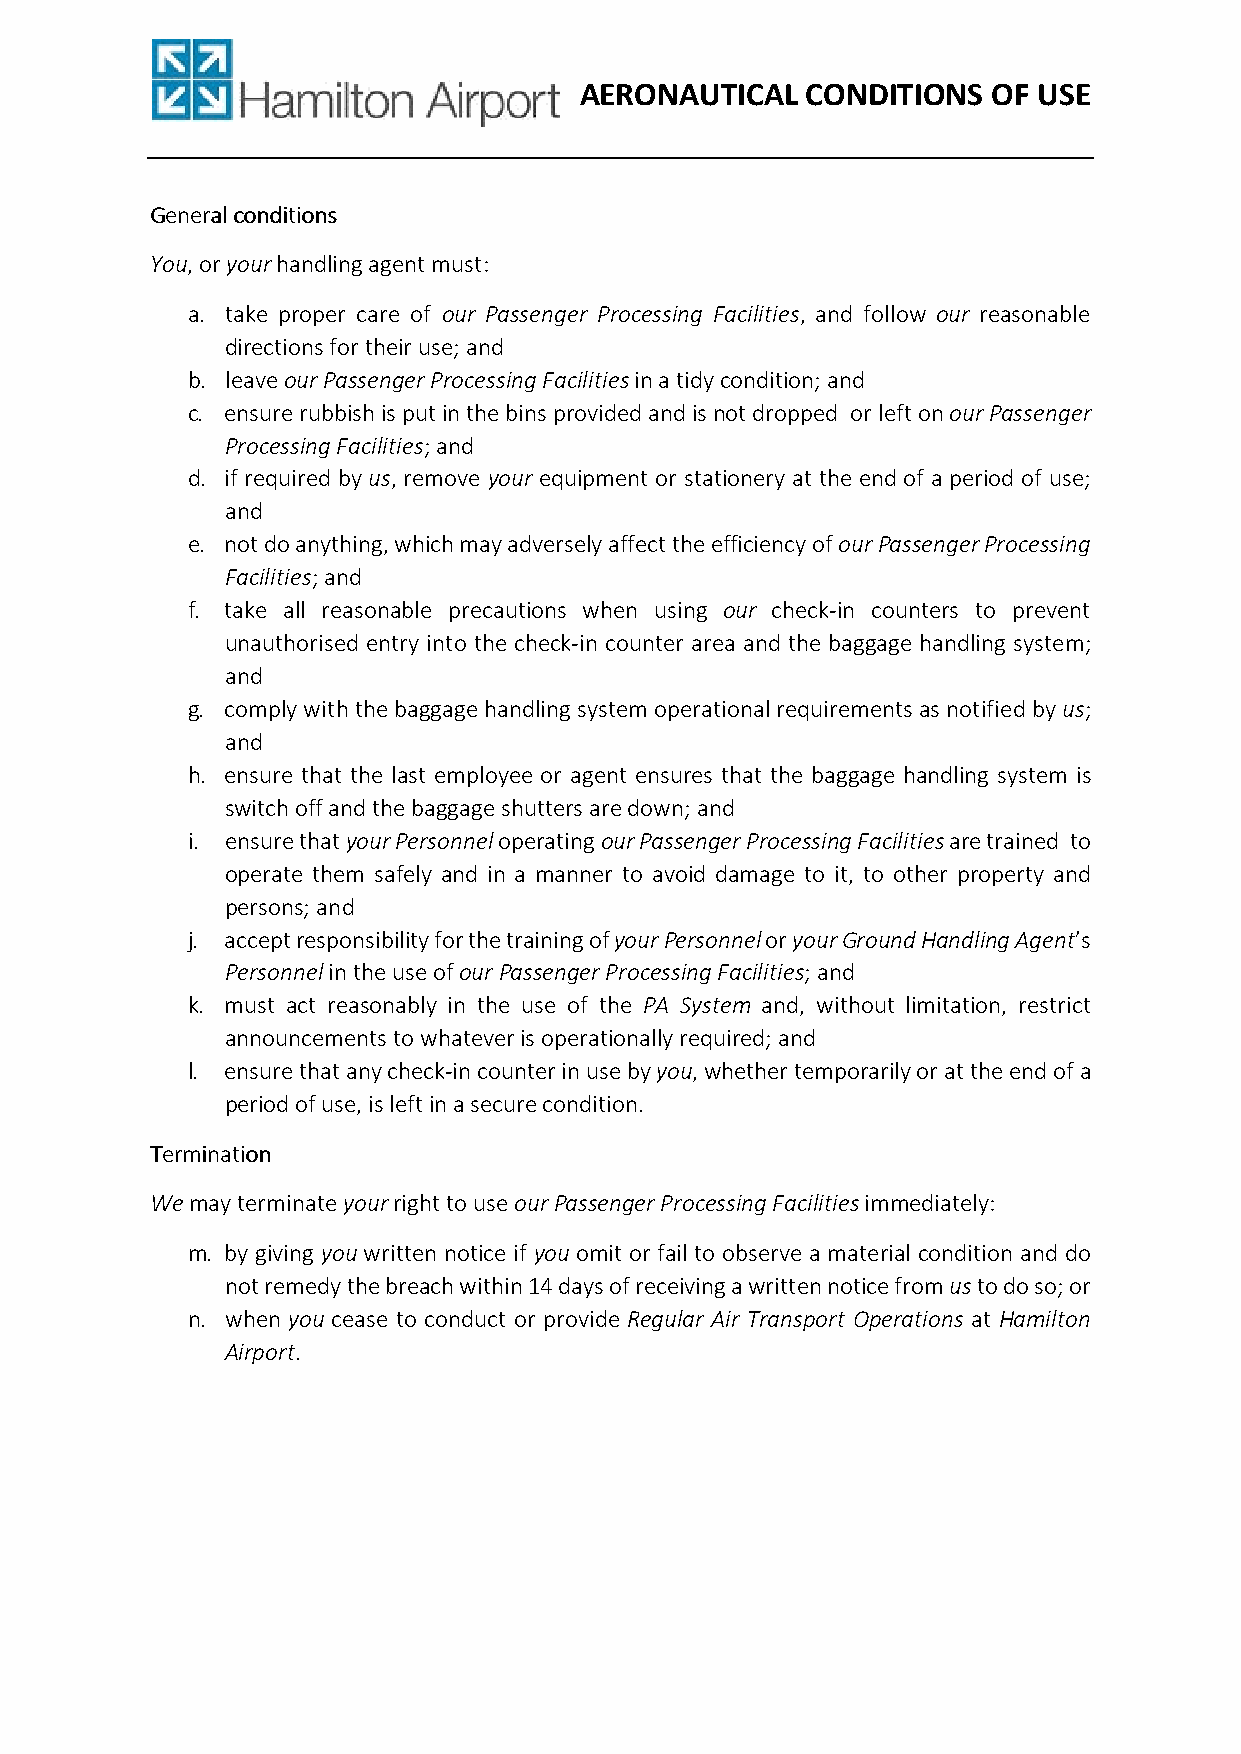
AERONAUTICAL   CONDITIONS   OF USE
 GGGGeeeennnneeeerrrraaaallll ccccoooonnnnddddiiiittttiiiioooonnnnssss
 You, or your handling agent must:
 a. take proper care of our Passenger Processing Facilities, and follow our reasonable
 directions for their use; and
 b. leave our Passenger Processing Facilities in a tidy condition; and
 c. ensure rubbish is put in the bins provided and is not dropped or left on our Passenger
 Processing Facilities; and
 d. if required by us, remove your equipment or stationery at the end of a period of use;
 and
 e. not do anything, which may adversely affect the efficiency of our Passenger Processing
 Facilities; and
 f. take all reasonable precautions when using our check-in counters to prevent
 unauthorised entry into the check-in counter area and the baggage handling system;
 and
 g. comply with the baggage handling system operational requirements as notified by us;
 and
 h. ensure that the last employee or agent ensures that the baggage handling system is
 switch off and the baggage shutters are down; and
 i. ensure that your Personnel operating our Passenger Processing Facilities are trained to
 operate them safely and in a manner to avoid damage to it, to other property and
 persons; and
 j. accept responsibility for the training of your Personnel or your Ground Handling Agent’s
 Personnel in the use of our Passenger Processing Facilities; and
 k. must act reasonably in the use of the PA System and, without limitation, restrict
 announcements to whatever is operationally required; and
 l. ensure that any check-in counter in use by you, whether temporarily or at the end of a
 period of use, is left in a secure condition.
 TTTTeeeerrrrmmmmiiiinnnnaaaattttiiiioooonnnn
 We may terminate your right to use our Passenger Processing Facilities immediately:
 m. by giving you written notice if you omit or fail to observe a material condition and do
 not remedy the breach within 14 days of receiving a written notice from us to do so; or
 n. when you cease to conduct or provide Regular Air Transport Operations at Hamilton
 Airport.